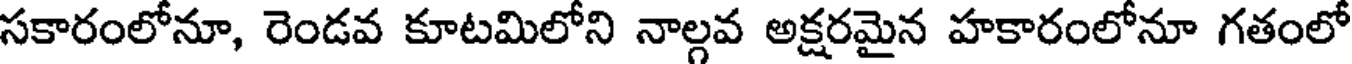
సకారంలోనూ, రెండవ కూటమిలోని నాల్గవ అక్షరమైన హకారంలోనూ గతంలో